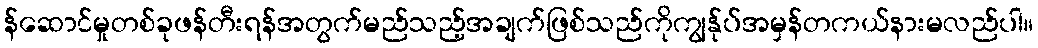
န်ဆောင်မှုတစ်ခုဖန်တီးရန်အတွက်မည်သည့်အချက်ဖြစ်သည်ကိုကျွန်ုပ်အမှန်တကယ်နားမလည်ပါ။